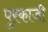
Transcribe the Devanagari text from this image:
पुरकाजी